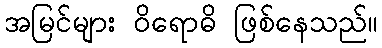
အမြင်များ ဝိရောဓိ ဖြစ်နေသည်။